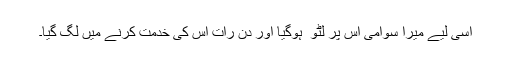
اسی لیے میرا سوامی اس پر لٹو ّ ہوگیا اور دن رات اس کی خدمت کرنے میں لگ گیا۔